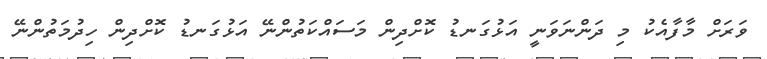
ވަރަށް މާފާއެކު މި ދަންނަވަނީ އަޅުގަނޑު ކޮށްދިން މަސައްކަތުންނޭ އަޅުގަނޑު ކޮށްދިން ހިދުމަތުންނޭ